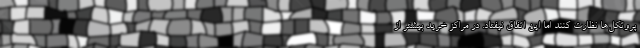
پروتکل‌ها نظارت کنند اما این اتفاق نیفتاد. در مراکز خرید بیشتر از